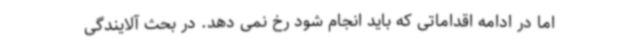
اما در ادامه اقداماتی که باید انجام شود رخ نمی دهد. در بحث آلایندگی